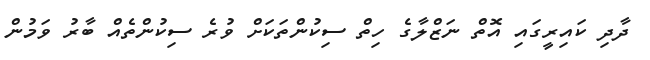
ދާދި ކައިރީގައި އޮތް ނަޒްލާގެ ހިތް ސިކުންތަކަށް ވުރެ ސިކުންތެއް ބާރު ވަމުން